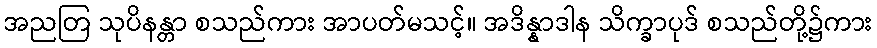
အညတြ သုပိနန္တာ စသည်ကား အာပတ်မသင့်။ အဒိန္နာဒါန သိက္ခာပုဒ် စသည်တို့၌ကား